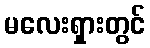
မလေးရှားတွင်